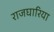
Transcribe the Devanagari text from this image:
राजघारिया